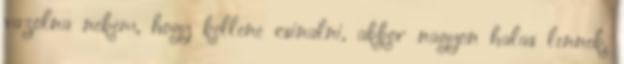
vazolna nekem, hogy kellene csinalni, akkor nagyon halas lennek.